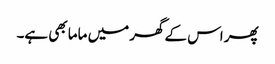
پھر اس کے گھر میں ماما بھی ہے۔